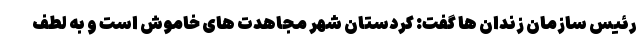
رئیس سازمان زندان ها گفت: کردستان شهر مجاهدت های خاموش است و به لطف